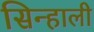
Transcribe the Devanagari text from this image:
सिन्हाली